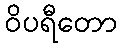
ဝိပရီတော